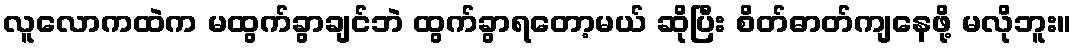
လူလောကထဲက မထွက်ခွာချင်ဘဲ ထွက်ခွာရတော့မယ် ဆိုပြီး စိတ်ဓာတ်ကျနေဖို့ မလိုဘူး။